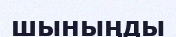
шыныңды